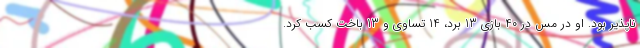
ناپذیر بود. او در مس در 40 بازی 13 برد، 14 تساوی و 13 باخت کسب کرد.